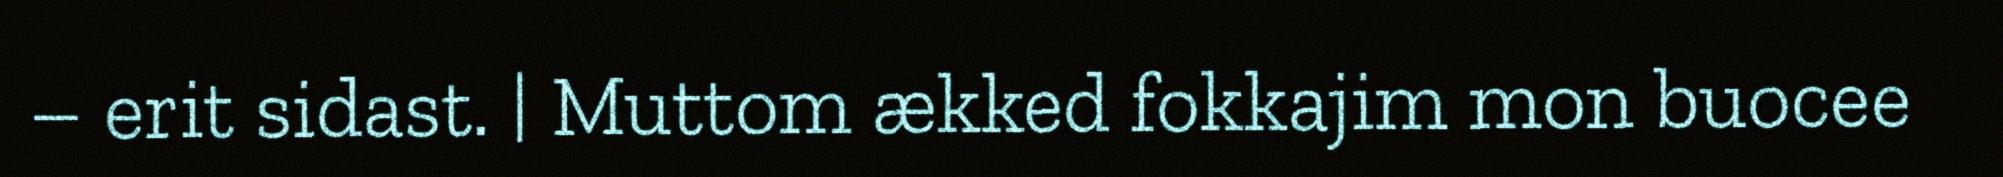
– erit sidast. | Muttom ækked fokkajim mon buocee